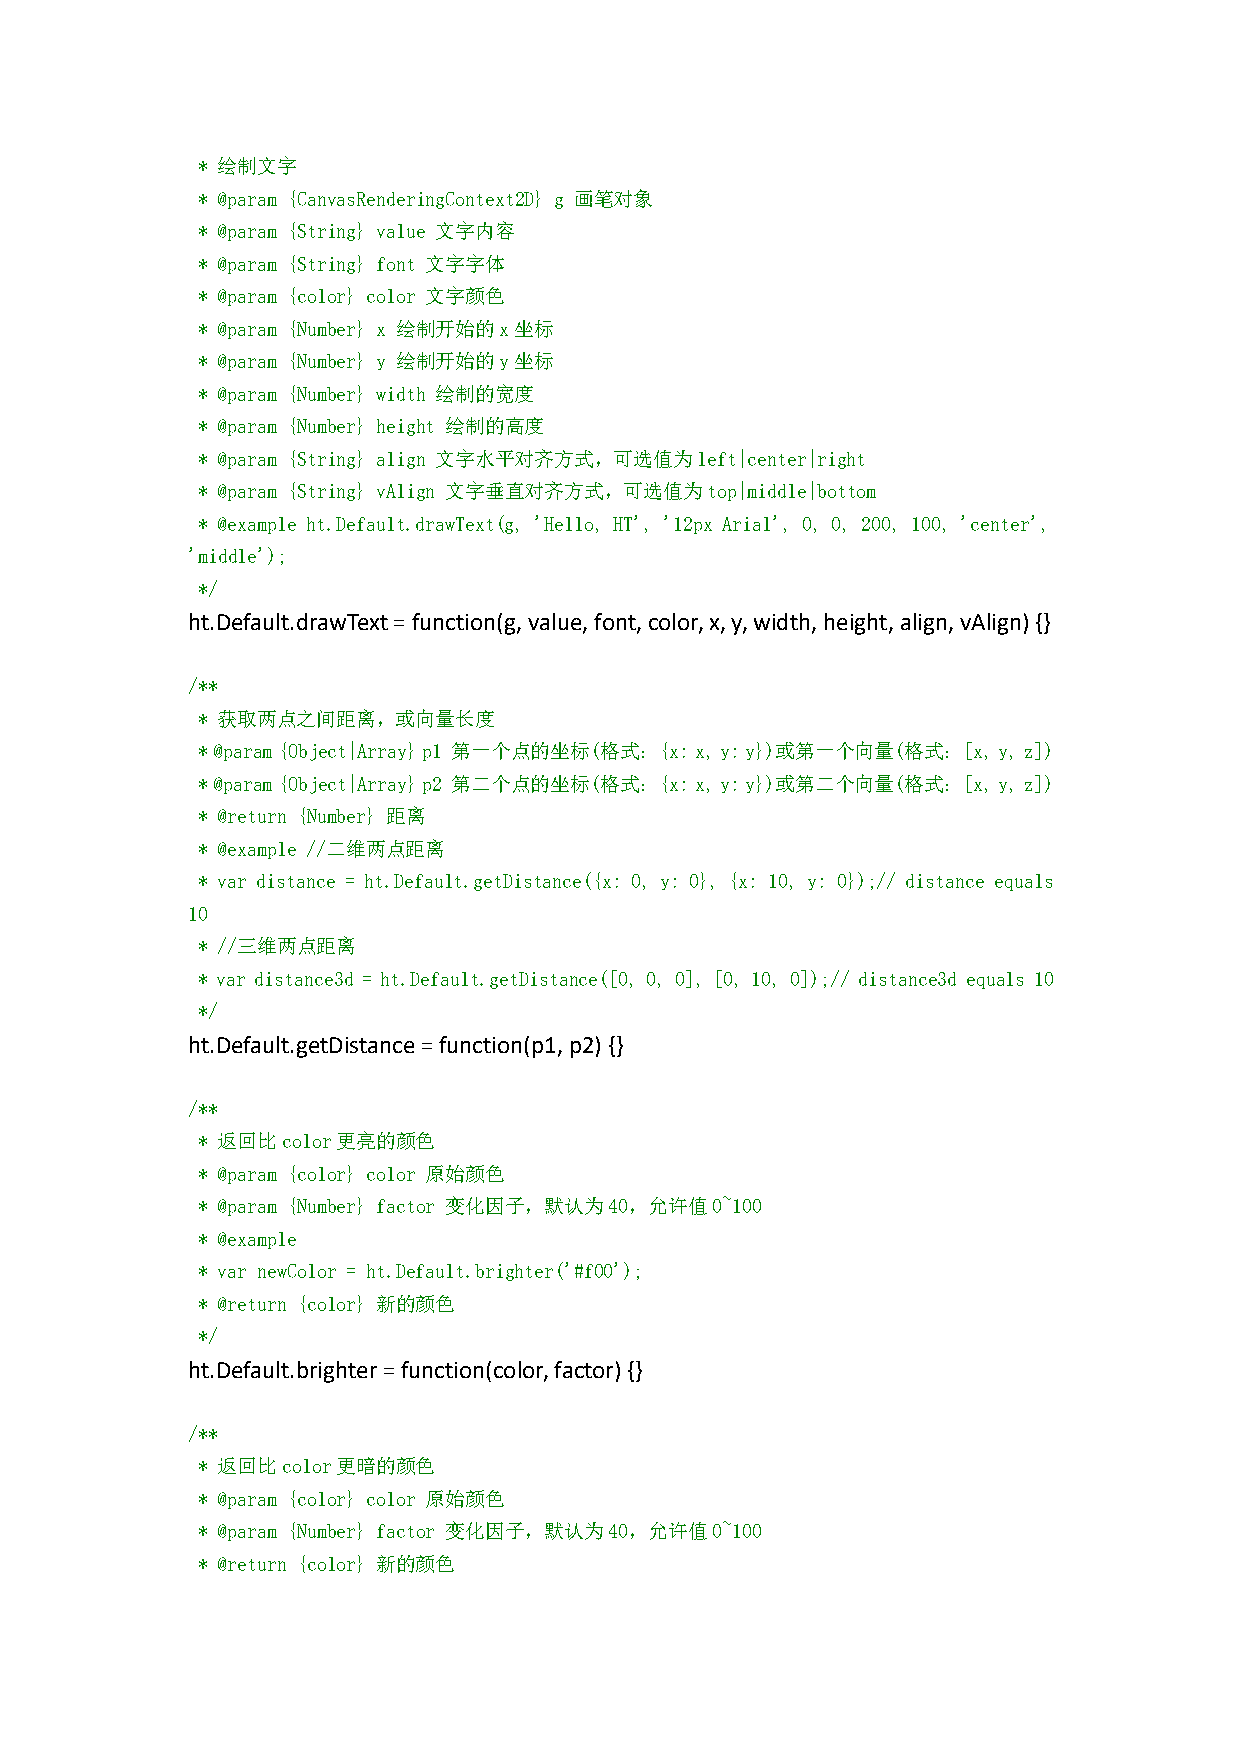
* 绘制文字
 * @param {CanvasRenderingContext2D} g 画笔对象
 * @param {String} value 文字内容
 * @param {String} font 文字字体
 * @param {color} color 文字颜色
 * @param {Number} x 绘制开始的x坐标
 * @param {Number} y 绘制开始的y坐标
 * @param {Number} width 绘制的宽度
 * @param {Number} height 绘制的高度
 * @param {String} align 文字水平对齐方式，可选值为left|center|right
 * @param {String} vAlign 文字垂直对齐方式，可选值为top|middle|bottom
 * @example ht.Default.drawText(g, 'Hello, HT', '12px Arial', 0, 0, 200, 100, 'center',
 'middle');
 */
 ht.Default.drawText=function(g,value,font,color,x,y,width,height,align,vAlign){}
 /**
 * 获取两点之间距离，或向量长度
 *@param{Object|Array}p1 第一个点的坐标(格式：{x:x,y:y})或第一个向量(格式：[x,y,z])
 *@param{Object|Array}p2 第二个点的坐标(格式：{x:x,y:y})或第二个向量(格式：[x,y,z])
 * @return {Number} 距离
 * @example //二维两点距离
 * var distance = ht.Default.getDistance({x: 0, y: 0}, {x: 10, y: 0});// distance equals
 10
 * //三维两点距离
 * var distance3d = ht.Default.getDistance([0, 0, 0], [0, 10, 0]);// distance3d equals 10
 */
 ht.Default.getDistance=function(p1,p2){}
 /**
 * 返回比color更亮的颜色
 * @param {color} color 原始颜色
 * @param {Number} factor 变化因子，默认为40，允许值0~100
 * @example
 * var newColor = ht.Default.brighter('#f00');
 * @return {color} 新的颜色
 */
 ht.Default.brighter=function(color,factor){}
 /**
 * 返回比color更暗的颜色
 * @param {color} color 原始颜色
 * @param {Number} factor 变化因子，默认为40，允许值0~100
 * @return {color} 新的颜色